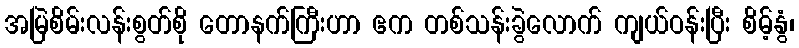
အမြဲစိမ်းလန်းစွတ်စို တောနက်ကြီးဟာ ဧက တစ်သန်းခွဲလောက် ကျယ်ဝန်းပြီး စိမ့်နွံ၊